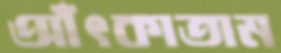
আঁৎকাতাম